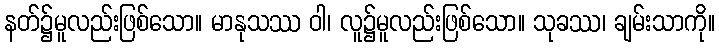
နတ်၌မူလည်းဖြစ်သော။ မာနုသဿ ဝါ၊ လူ၌မူလည်းဖြစ်သော။ သုခဿ၊ ချမ်းသာကို။